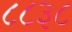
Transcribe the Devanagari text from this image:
८८३८